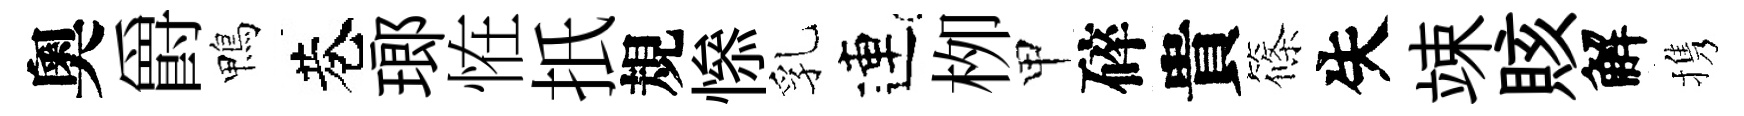
奧爵鴨巷瑯恠扺規𢡖乳連栁甲碎貴篠失竦賅解携